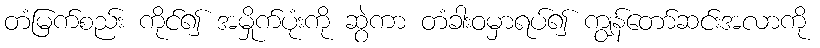
တံမြက်စည်း ကိုင်၍ အမှိုက်ပုံးကို ဆွဲကာ တံခါးဝမှာရပ်၍ ကျွန်တော်ဆင်းအလာကို